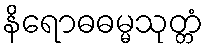
နိရောဓဓမ္မသုတ္တံ